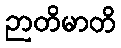
ဉာတိမာတိ